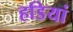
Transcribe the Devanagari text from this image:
हडियां